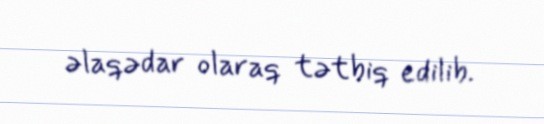
əlaqədar olaraq tətbiq edilib.